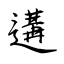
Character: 遘